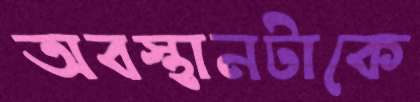
অবস্থানটাকে